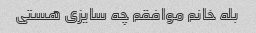
بله خانم موافقم چه سایزی هستی